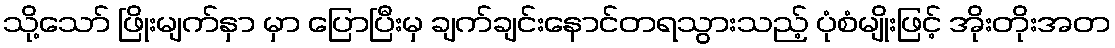
သို့သော် ဖြိုးမျက်နှာ မှာ ပြောပြီးမှ ချက်ချင်းနောင်တရသွားသည့် ပုံစံမျိုးဖြင့် အိုးတိုးအတ